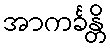
အာကင်္ခန္တိ